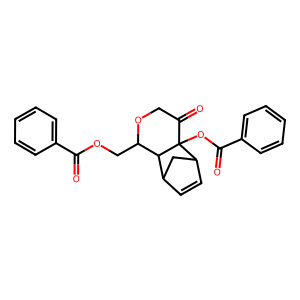
SMILES: O=C(OCC1OCC(=O)C2(OC(=O)c3ccccc3)C3C=CC(C3)C12)c1ccccc1
Inhibits HIV replication: No